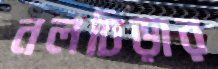
নলচিড়ার